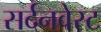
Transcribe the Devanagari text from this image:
सर्दनवेस्ट